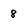
Character: 8